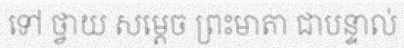
ទៅ ថ្វាយ សម្តេច ព្រះមាតា ជាបន្ទាល់